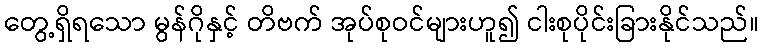
တွေ့ရှိရသော မွန်ဂိုနှင့် တိဗက် အုပ်စုဝင်များဟူ၍ ငါးစုပိုင်းခြားနိုင်သည်။